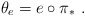
\begin{align*} \theta_e=e\circ \pi_*\ .\end{align*}